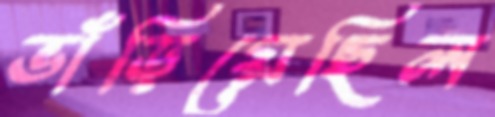
ভাঁড়িয়েছিল